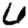
Digit: 6